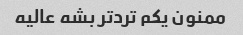
ممنون یکم ترد‌تر بشه عالیه